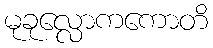
မုခုလ္လောကကောတိ